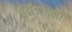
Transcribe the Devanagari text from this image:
बदीउज्जमाँ